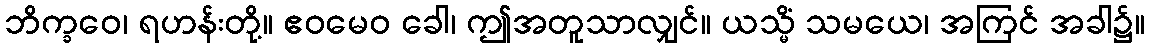
ဘိက္ခဝေ၊ ရဟန်းတို့။ ဧဝမေဝ ခေါ၊ ဤအတူသာလျှင်။ ယသ္မိံ သမယေ၊ အကြင် အခါ၌။